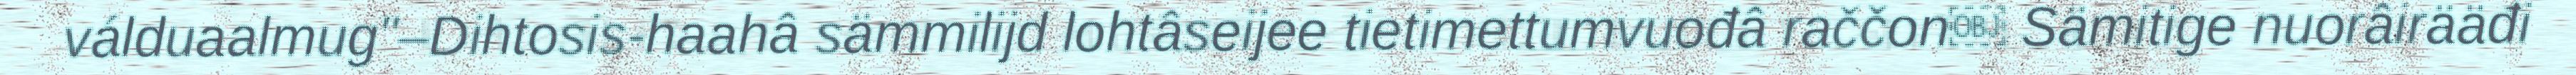
válduaalmug"–Dihtosis-haahâ sämmilijd lohtâseijee tietimettumvuođâ raččon￼ Sämitige nuorâirääđi